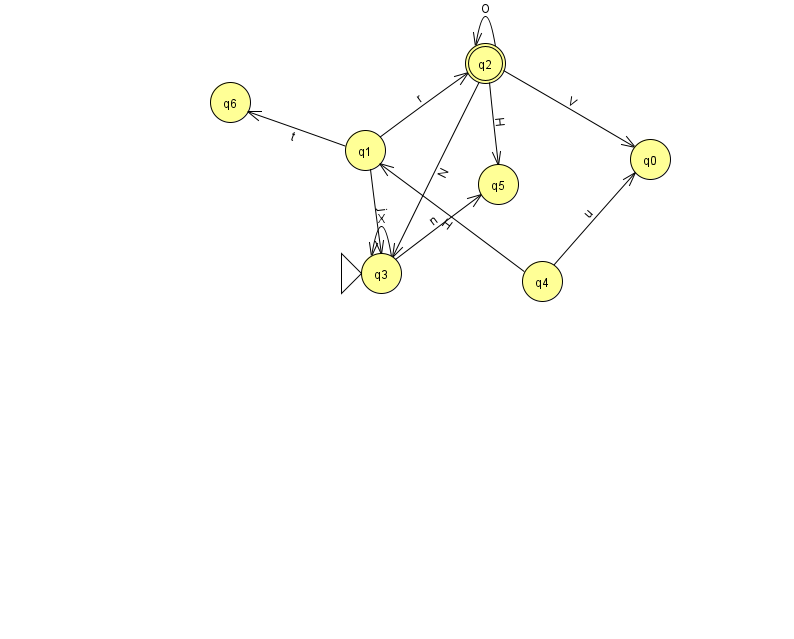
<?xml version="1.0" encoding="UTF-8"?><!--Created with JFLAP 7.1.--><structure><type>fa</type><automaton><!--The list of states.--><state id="0" name="q0"><x>650.0</x><y>146.0</y></state><state id="1" name="q1"><x>365.0</x><y>137.0</y></state><state id="2" name="q2"><x>485.0</x><y>50.0</y><final/></state><state id="3" name="q3"><x>381.0</x><y>260.0</y><initial/></state><state id="4" name="q4"><x>542.0</x><y>268.0</y></state><state id="5" name="q5"><x>498.0</x><y>171.0</y></state><state id="6" name="q6"><x>230.0</x><y>89.0</y></state><!--The list of transitions.--><transition><from>1</from><to>2</to><read>r</read></transition><transition><from>2</from><to>3</to><read>N</read></transition><transition><from>2</from><to>5</to><read>H</read></transition><transition><from>1</from><to>6</to><read>t</read></transition><transition><from>1</from><to>3</to><read>j</read></transition><transition><from>3</from><to>3</to><read>X</read></transition><transition><from>4</from><to>0</to><read>u</read></transition><transition><from>3</from><to>5</to><read>n</read></transition><transition><from>4</from><to>1</to><read>H</read></transition><transition><from>2</from><to>0</to><read>V</read></transition><transition><from>2</from><to>2</to><read>O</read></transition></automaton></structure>